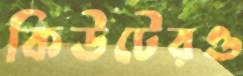
কিউটেরও